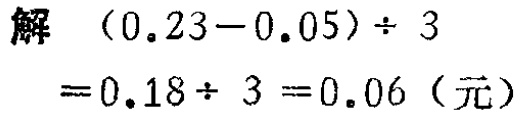
解 \((0.23 - 0.05)\div 3\)

\(= 0.18\div 3 = 0.06\)（元）